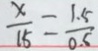
\frac { x } { 1 5 } = \frac { 1 . 5 } { 0 . 5 }